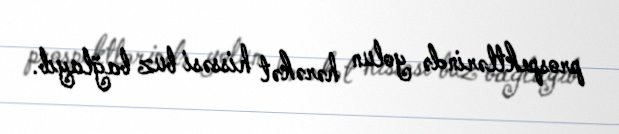
prospektlərində yolun hərəkət hissəsi buz bağlayıb.